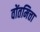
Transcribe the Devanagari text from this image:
वोंतमित्ता